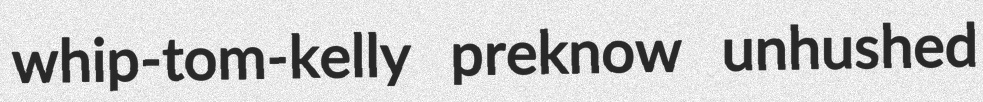
whip-tom-kelly preknow unhushed